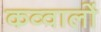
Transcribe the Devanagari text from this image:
कव्वालों